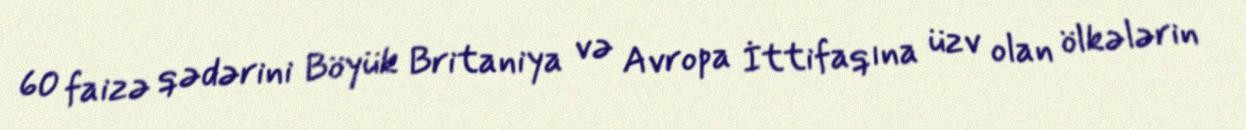
60 faizə qədərini Böyük Britaniya və Avropa İttifaqına üzv olan ölkələrin